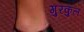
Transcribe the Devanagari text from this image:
गुरकुल